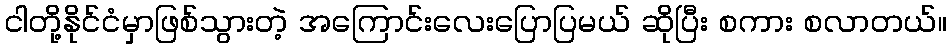
ငါတို့နိုင်ငံမှာဖြစ်သွားတဲ့ အကြောင်းလေးပြောပြမယ် ဆိုပြီး စကား စလာတယ်။